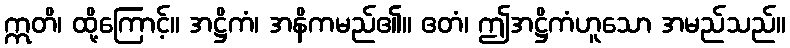
ဣတိ၊ ထို့ကြောင့်။ အဋ္ဌိကံ၊ အနိကမည်၏။ ဧတံ၊ ဤအဋ္ဌိကံဟူသော အမည်သည်။